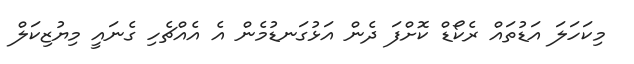
މިކަހަލަ އަޑުތައް ރެކޯޑް ކޮށްފަ ދެން އަޅުގަނޑުމެން އެ އެއްޗެހި ގެނައީ މިޔުޒިކަލް